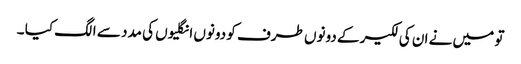
تو میں نے ان کی لکیر کے دونوں طرف کو دونوں انگلیوں کی مدد سے الگ کیا ۔